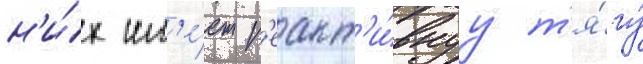
н'и́х им'е́ет р'еакт'и́внуу т'я́гу